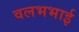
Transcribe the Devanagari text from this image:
वलभभाई